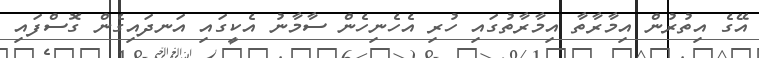
އޭގެ އިތުރުން އިމާރާތާ އިމާރާތުގައި ހުރި އެހެނިހެން ސާމާނު އެކީގައި އަނދައިގެން ގޮސްފައި